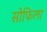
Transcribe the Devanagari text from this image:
सोफिला